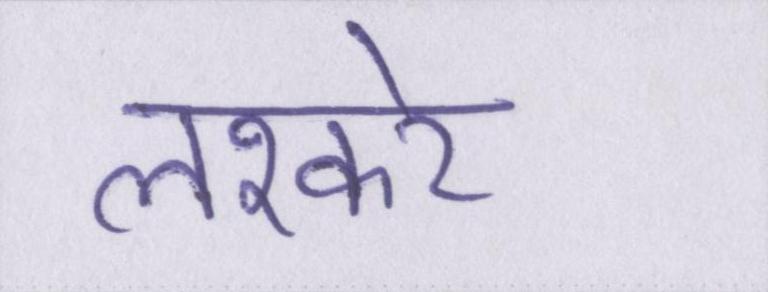
लश्करे